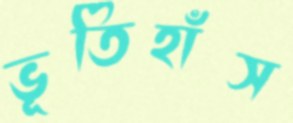
ভূতিহাঁস